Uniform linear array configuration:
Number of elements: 32
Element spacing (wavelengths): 0.25
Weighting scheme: kaiser
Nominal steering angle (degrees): -15
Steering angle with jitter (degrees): -13.924
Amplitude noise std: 0.05
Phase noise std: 0.05

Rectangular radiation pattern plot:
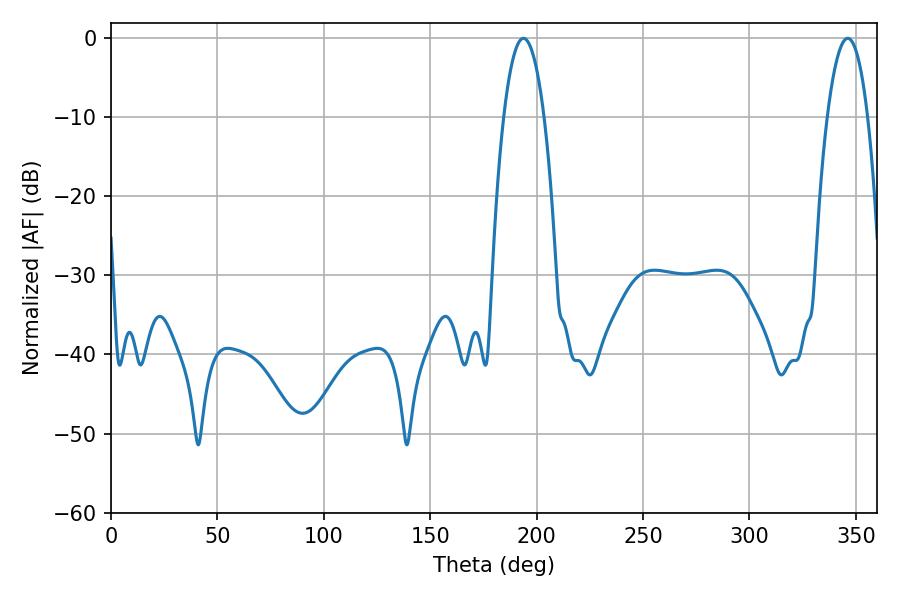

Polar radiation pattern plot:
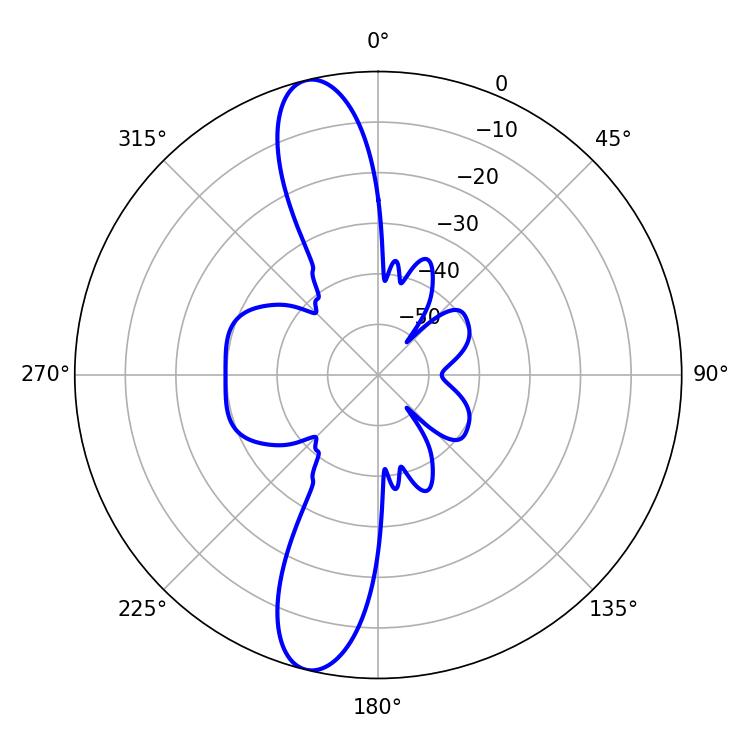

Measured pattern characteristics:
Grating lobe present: FALSE
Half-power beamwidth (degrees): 10.44
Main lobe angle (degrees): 193.86